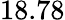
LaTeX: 18.78